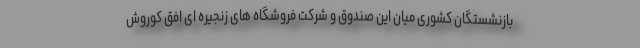
بازنشستگان کشوری میان این صندوق و شرکت فروشگاه های زنجیره ای افق کوروش